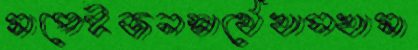
মাপেইজনস্বার্থেখাসখামা